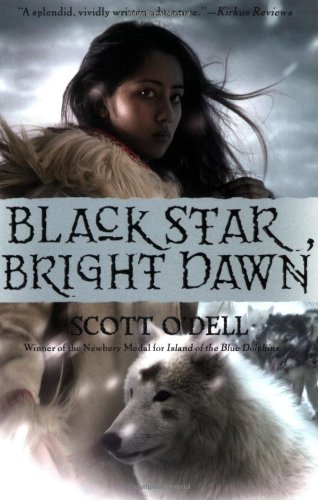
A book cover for Black Star, Bright Dawn; Scott O'Dell; Children's Books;